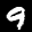
Label: 9